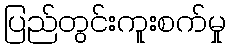
ပြည်တွင်းကူးစက်မှု